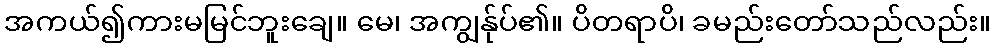
အကယ်၍ကားမမြင်ဘူးချေ။ မေ၊ အကျွန်ုပ်၏။ ပိတရာပိ၊ ခမည်းတော်သည်လည်း။